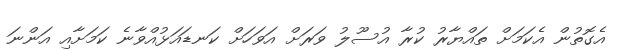
އެގޮތުން އެކަމަށް ތައްޔާރު ކުރާ އުސޫލު ވަރަށް އަވަހަށް ކަނޑައަޅުއްވާނެ ކަމަށާއި އަންނަ